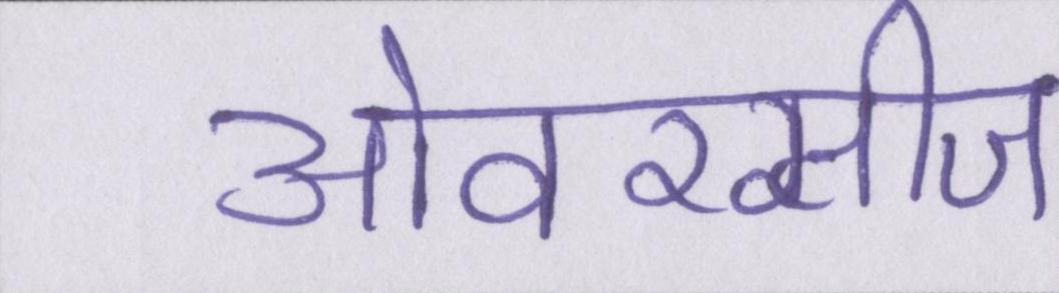
ओवरसीज